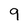
Character: 9